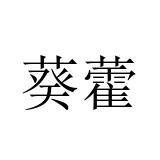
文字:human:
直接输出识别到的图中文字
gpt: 葵藿